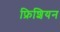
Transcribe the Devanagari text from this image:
फ्रिशियन